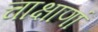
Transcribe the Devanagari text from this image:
चाक्षाणां